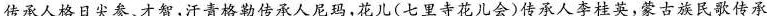
传承人格日尖参、才智，汗青格勒传承人尼玛，花儿(七里寺花儿会)传承人李桂英，蒙古族民歌传承